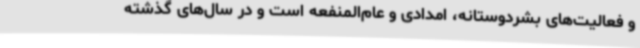
و فعالیت‌های بشردوستانه، امدادی و عام‌المنفعه است و در سال‌های گذشته